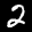
Label: 2